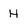
Character: H